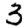
Digit: 3